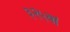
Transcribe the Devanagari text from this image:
३२५वां